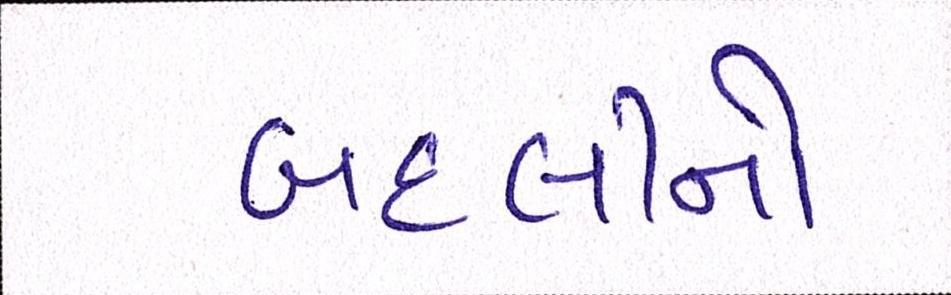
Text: બદલીનો